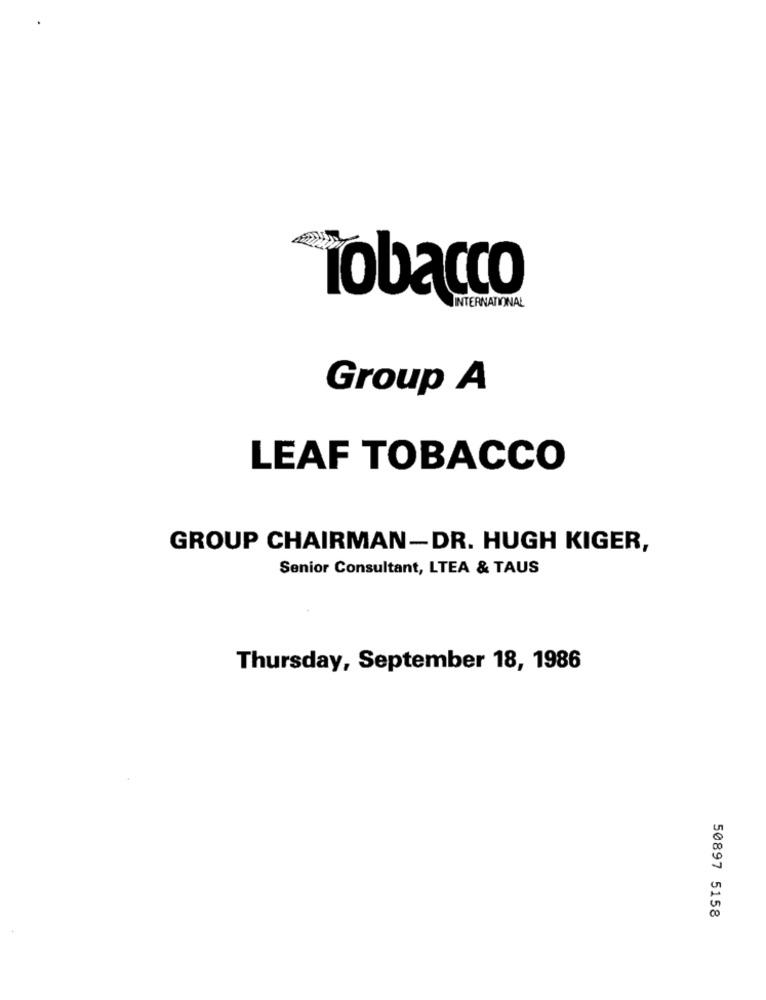
Tobacco
INTERNATIONAL
Group A
LEAF TOBACCO
GROUP CHAIRMAN-DR. HUGH KIGER,
Senior Consultant, LTEA & TAUS
Thursday, September 18, 1986
50897 5158